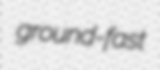
ground-fast